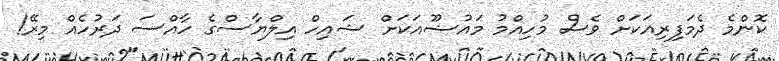
ކޮންމެ ދެމަފިރިއަކަށް ވެސް މުހިއްމު މައުޟޫއަކަށް ޝައިހް އިލްޔާސްގެ ހާއްސަ ދަރުހެއް މިރޭ!